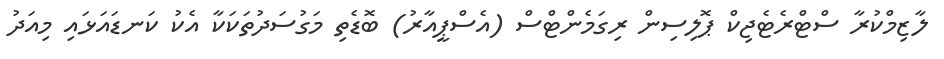
ލާޒިމްކުރާ ސްޓްރެޓެޖިކް ޕޮލިސިން ރިގަމެންޓްސް (އެސްޕީއާރު) ބޮޑެތި މަގުސަދުތަކަކާ އެކު ކަނޑައަޅައި މިއަދު